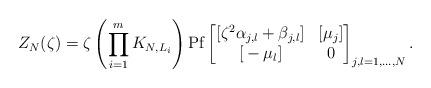
LaTeX: \begin{align*}Z_N(\zeta)=\zeta\left(\prod_{i=1}^mK_{N,L_i}\right)\mathrm{Pf}\begin{bmatrix}{[}\zeta^2\alpha_{j,l}+\beta_{j,l}]&[\mu_j]\\{[}-\mu_l]&0\end{bmatrix}_{j,l=1,\ldots,N}.\end{align*}